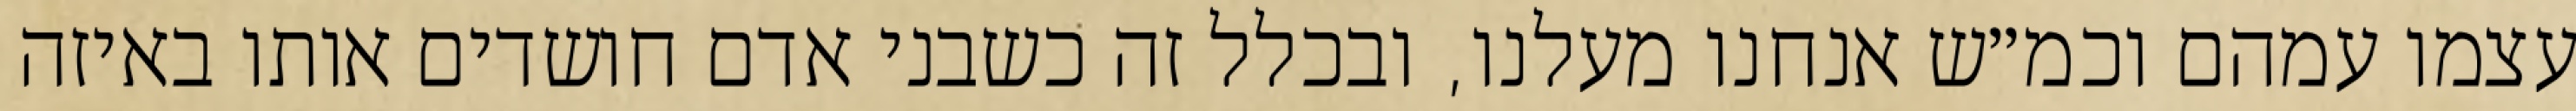
עצמו עמהם וכמ״ש אנחנו מעלנו, ובכלל זה כשבני אדם חושדים אותו באיזה